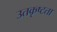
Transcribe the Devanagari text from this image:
उतकृष्टता